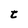
Character: t